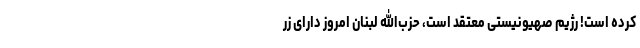
کرده است! رژیم صهیونیستی معتقد است، حزب‌الله لبنان امروز دارای زر